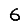
Digit: 6